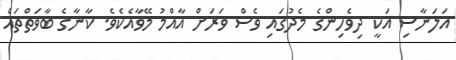
އަލަނާސި އަކީ ދިވެހިންގެ މެދުގައި ވެސް ވަރަށް އާއްމު މޭވާއެކެވެ. ކާނާގެ ބާވަތްތައް